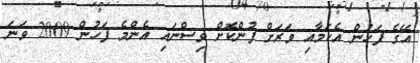
އޭގެ ފަހުން އެކަމާއި ވަރަށް ފުންކޮށް ވިސްނައި އެންމެ ފަހުން 2009 ވަނަ